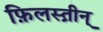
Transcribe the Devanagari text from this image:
फ़िलस्त़ीन्